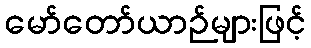
မော်တော်ယာဉ်များဖြင့်